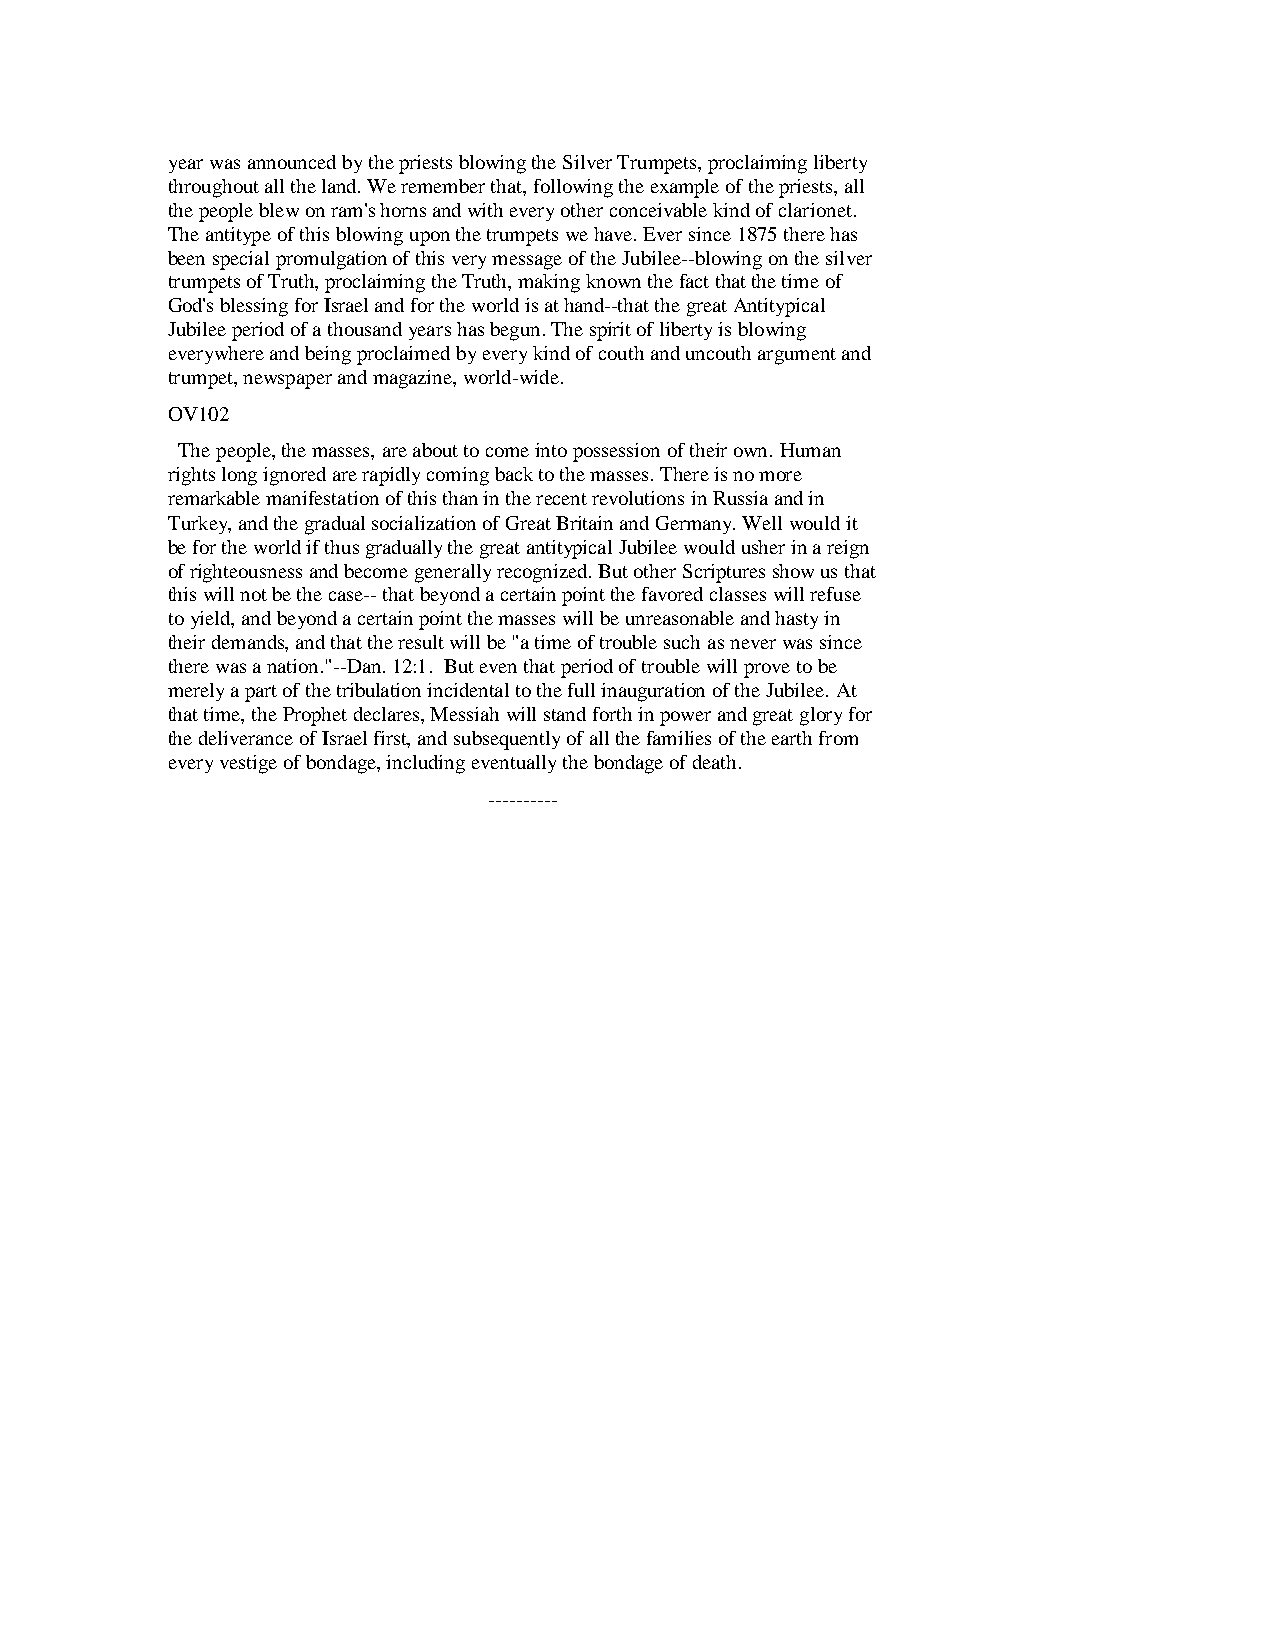
year was announced by the priests blowing the Silver Trumpets, proclaiming liberty
 throughout all the land. We remember that, following the example of the priests, all
 the people blew on ram's horns and with every other conceivable kind of clarionet.
 The antitype of this blowing upon the trumpets we have. Ever since 1875 there has
 been special promulgation of this very message of the Jubilee--blowing on the silver
 trumpets of Truth, proclaiming the Truth, making known the fact that the time of
 God's blessing for Israel and for the world is at hand--that the great Antitypical
 Jubilee period of a thousand years has begun. The spirit of liberty is blowing
 everywhere and being proclaimed by every kind of couth and uncouth argument and
 trumpet, newspaper and magazine, world-wide.
 OV102
 The people, the masses, are about to come into possession of their own. Human
 rights long ignored are rapidly coming back to the masses. There is no more
 remarkable manifestation of this than in the recent revolutions in Russia and in
 Turkey, and the gradual socialization of Great Britain and Germany. Well would it
 be for the world if thus gradually the great antitypical Jubilee would usher in a reign
 of righteousness and become generally recognized. But other Scriptures show us that
 this will not be the case-- that beyond a certain point the favored classes will refuse
 to yield, and beyond a certain point the masses will be unreasonable and hasty in
 their demands, and that the result will be "a time of trouble such as never was since
 there was a nation."--Dan. 12:1. But even that period of trouble will prove to be
 merely a part of the tribulation incidental to the full inauguration of the Jubilee. At
 that time, the Prophet declares, Messiah will stand forth in power and great glory for
 the deliverance of Israel first, and subsequently of all the families of the earth from
 every vestige of bondage, including eventually the bondage of death.
 ----------